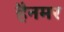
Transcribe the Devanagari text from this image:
हैनमर